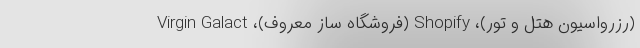
(رزرواسیون هتل و تور)، Shopify (فروشگاه ساز معروف)، Virgin Galact